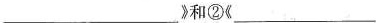
___》和②《___